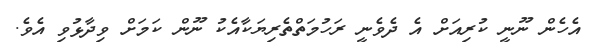
އެހެން ނޫނީ ކުރިއަށް އެ ދެވެނީ ރަހުމަތްތެރިޔަކާއެކު ނޫން ކަމަށް ވިދާޅުވި އެވެ.